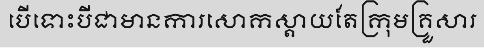
បើទោះបីជាមានការសោកស្តាយតែក្រុមគ្រួសារ